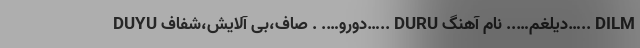
DUYU دورو…. . صاف،بی آلایش،شفاف….. DURU دیلغم….. نام آهنگ….. DILM